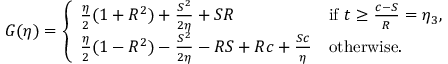
\begin{array} { r } { G ( \eta ) = \left\{ \begin{array} { l l } { \frac { \eta } { 2 } ( 1 + R ^ { 2 } ) + \frac { S ^ { 2 } } { 2 \eta } + S R } & { \mathrm { i f ~ } t \geq \frac { c - S } { R } = \eta _ { 3 } , } \\ { \frac { \eta } { 2 } ( 1 - R ^ { 2 } ) - \frac { S ^ { 2 } } { 2 \eta } - R S + R c + \frac { S c } { \eta } } & { \mathrm { o t h e r w i s e } . } \end{array} \right. } \end{array}